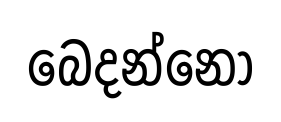
බෙදන්නෝ